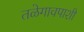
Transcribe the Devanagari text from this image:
तळेगावपाशी